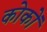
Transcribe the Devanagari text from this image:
कोकों